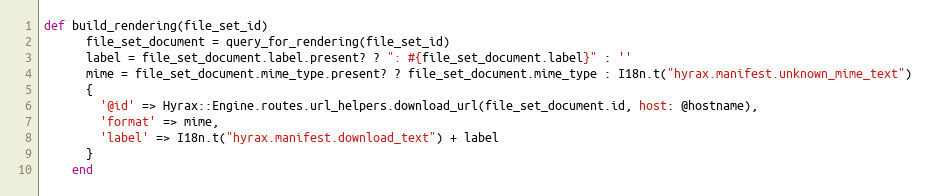
Language: Ruby
def build_rendering(file_set_id)
      file_set_document = query_for_rendering(file_set_id)
      label = file_set_document.label.present? ? ": #{file_set_document.label}" : ''
      mime = file_set_document.mime_type.present? ? file_set_document.mime_type : I18n.t("hyrax.manifest.unknown_mime_text")
      {
        '@id' => Hyrax::Engine.routes.url_helpers.download_url(file_set_document.id, host: @hostname),
        'format' => mime,
        'label' => I18n.t("hyrax.manifest.download_text") + label
      }
    end